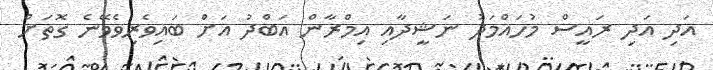
އަދި އަދި ރައީސް މުހައްމަދު ނަޝީދާއި އިމްރާން އަބްދު އަށް ބައިވެރިވެވޭނެ ގޮތަށް